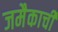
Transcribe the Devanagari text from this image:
जमैकाची